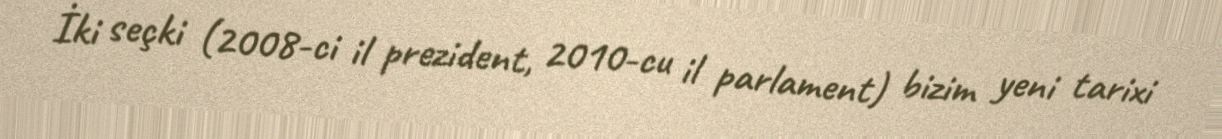
İki seçki (2008-ci il prezident, 2010-cu il parlament) bizim yeni tarixi